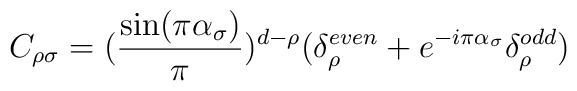
C_{\rho\sigma}=(\frac{\sin(\pi\alpha_{\sigma})}{\pi})^{d-\rho}(\delta_{\rho}^{even}+e^{-i\pi\alpha_{\sigma}}\delta_{\rho}^{odd})